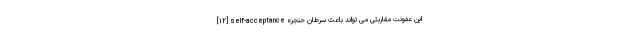
[۱۲] self-acceptance این عفونت مقاربتی می­ تواند باعث سرطان حنجره